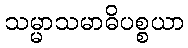
သမ္မာသမာဓိပစ္စယာ